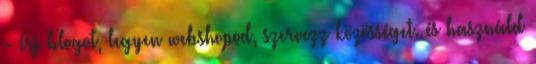
- Írj blogot, legyen webshopod, szervezz közösséget. és használd